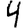
Digit: 4